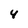
Character: 4